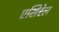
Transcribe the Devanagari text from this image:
एसिरेल